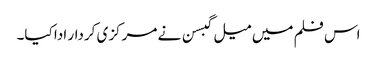
اس فلم میں میل گبسن نے مرکزی کردار ادا کیا۔